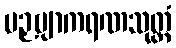
ပဉှဗျာကရဏသုတ္တံ